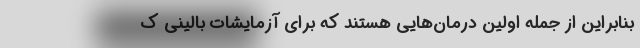
بنابراین از جمله اولین درمان‌هایی هستند که برای آزمایشات بالینی ک